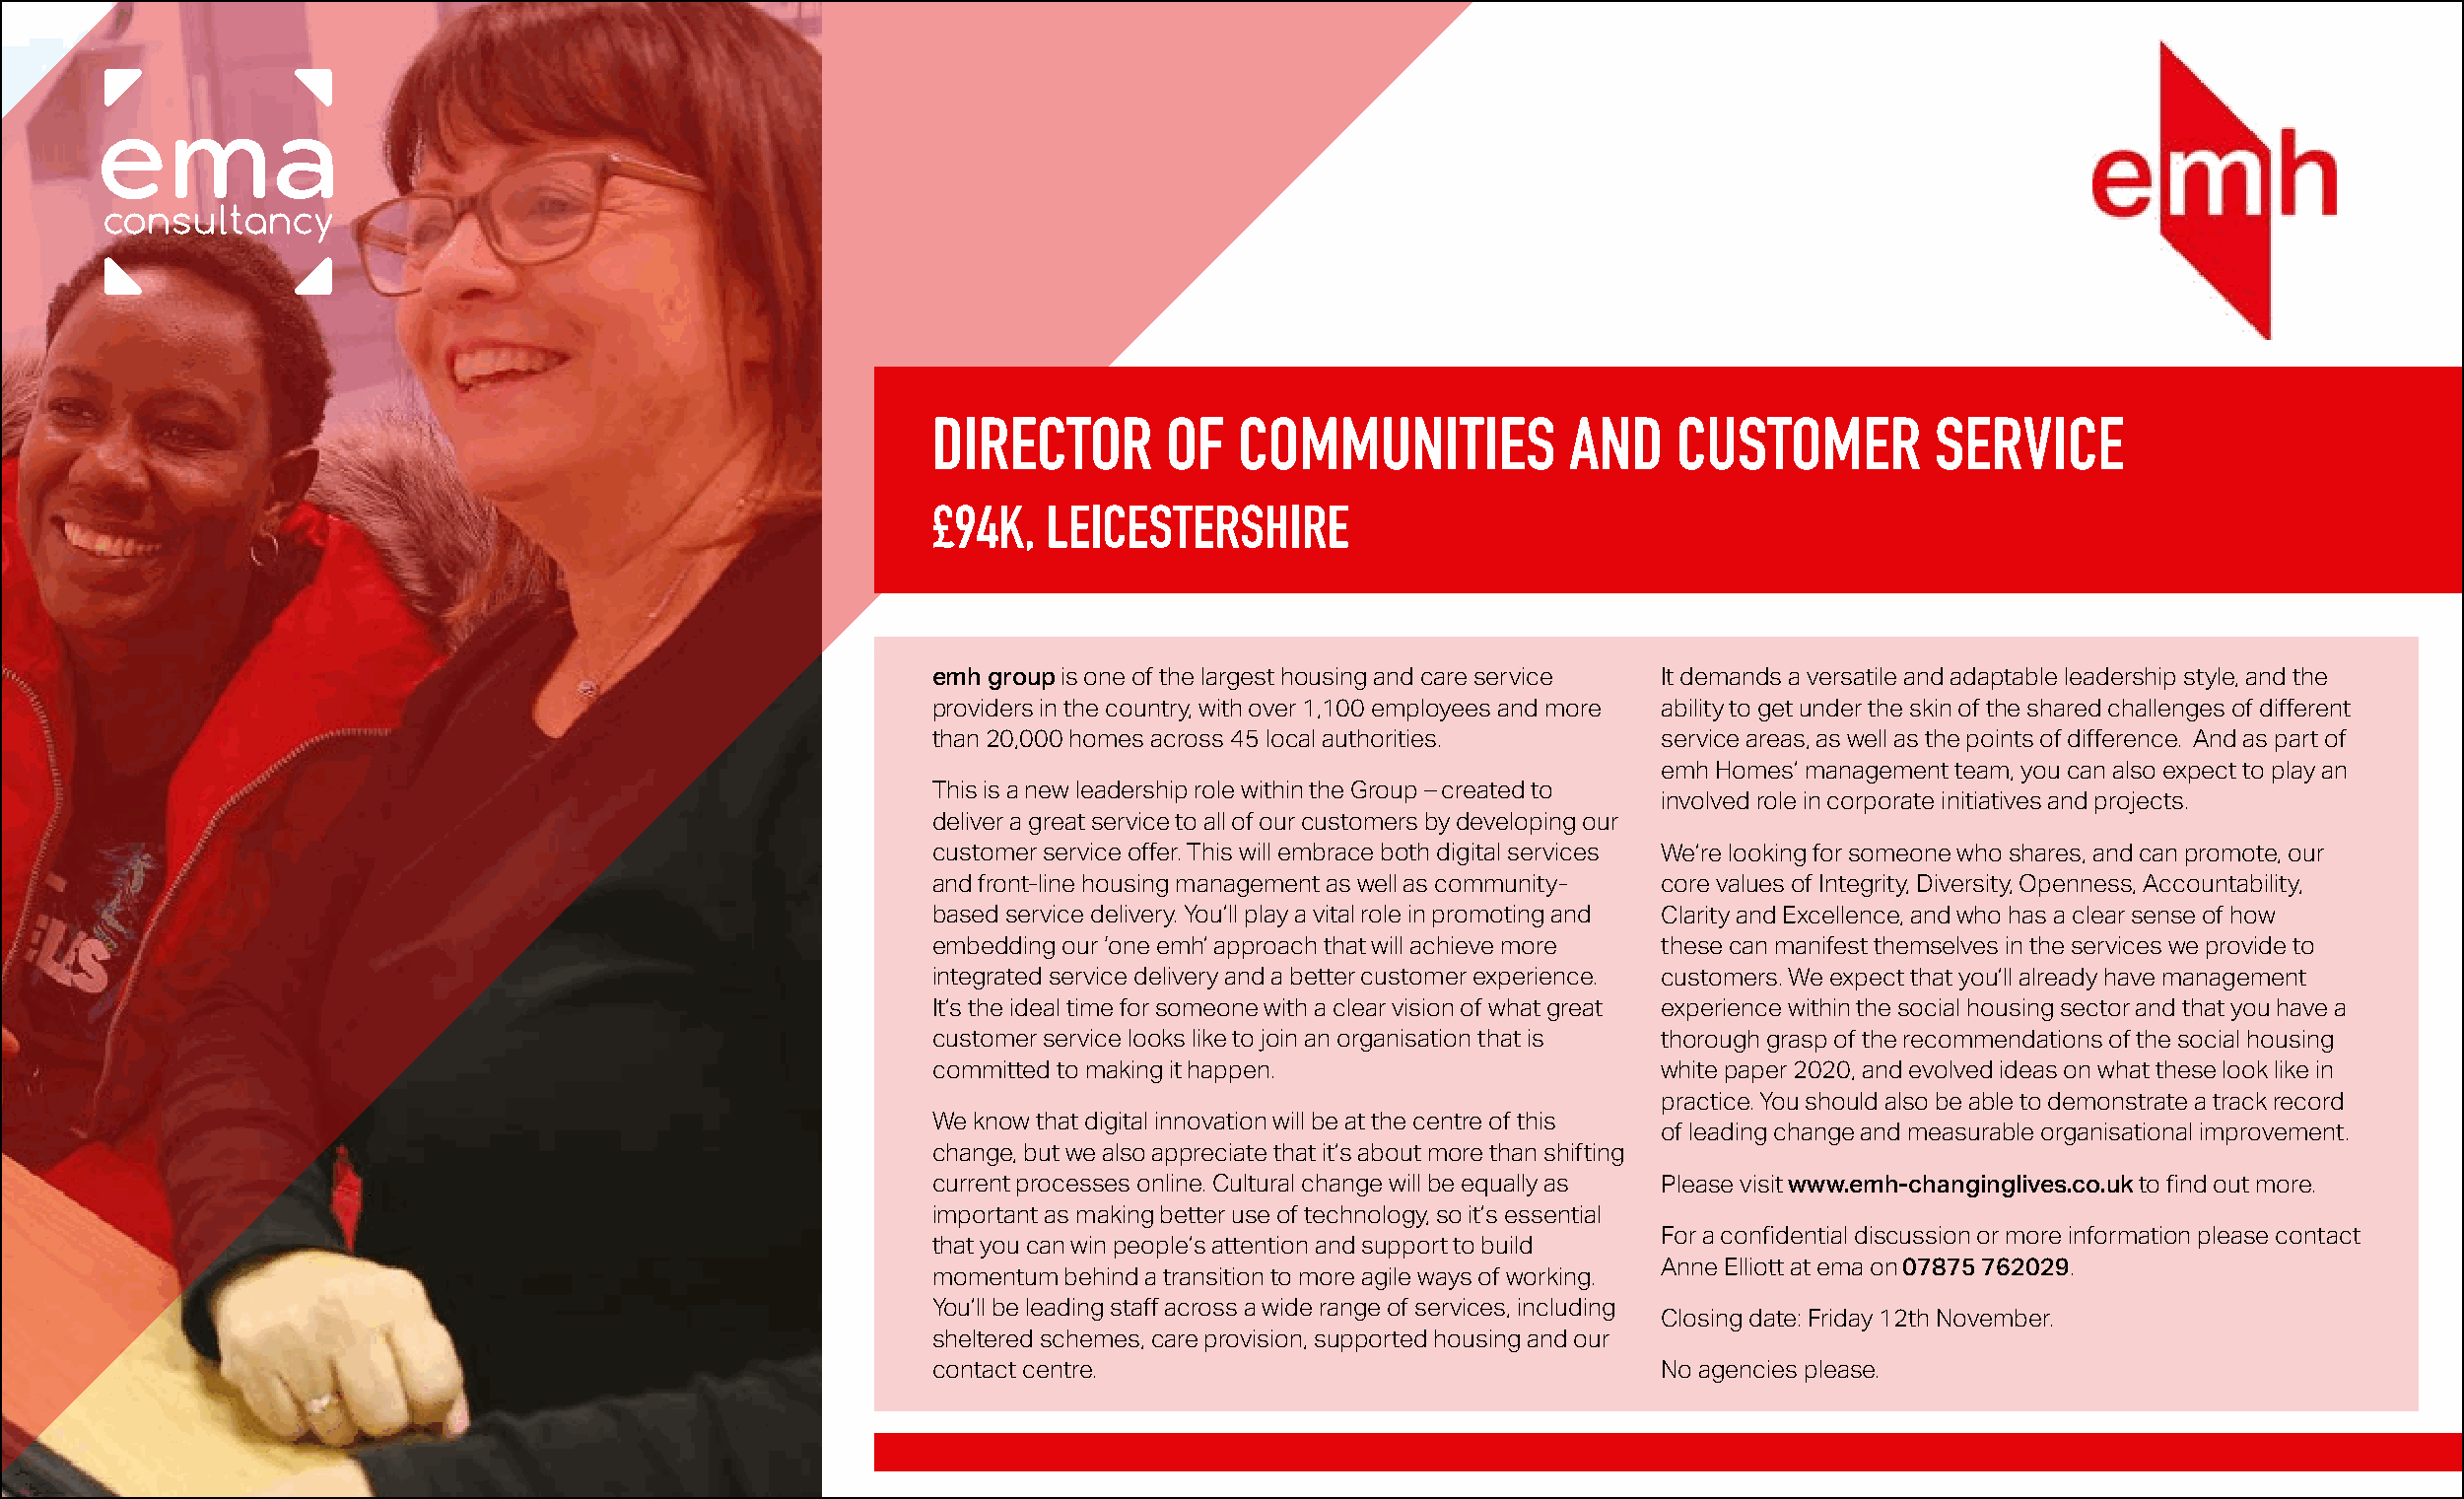
DIRECTOR       OF   COMMUNITIES           AND     CUSTOMER         SERVICE
 £94K,  LEICESTERSHIRE
 i
 emh group is one of the largest housing and care service It demands a versatile and adaptable leadership style, and the
 providers in the country, with over 1,100 employees and more ability to get under the skin of the shared challenges of different
 than 20,000 homes across 45 local authorities.   service areas, as well as the points of difference. And as part of
 emh Homes’ management team, you can also expect to play an
 This is a new leadership role within the Group – created to
 involved role in corporate initiatives and projects.
 deliver a great service to all of our customers by developing our
 customer service offer. This will embrace both digital services We’re looking for someone who shares, and can promote, our
 and front-line housing management as well as community- core values of Integrity, Diversity, Openness, Accountability,
 based service delivery. You’ll play a vital role in promoting and Clarity and Excellence, and who has a clear sense of how
 embedding our ‘one emh’ approach that will achieve more these can manifest themselves in the services we provide to
 integrated service delivery and a better customer experience. customers. We expect that you’ll already have management
 It’s the ideal time for someone with a clear vision of what great experience within the social housing sector and that you have a
 customer service looks like to join an organisation that is thorough grasp of the recommendations of the social housing
 committed to making it happen.                   white paper 2020, and evolved ideas on what these look like in
 practice. You should also be able to demonstrate a track record
 We know that digital innovation will be at the centre of this
 of leading change and measurable organisational improvement.
 change, but we also appreciate that it’s about more than shifting
 current processes online. Cultural change will be equally as Please visit www.emh-changinglives.co.uk to find out more.
 important as making better use of technology, so it’s essential
 For a confidential discussion or more information please contact
 that you can win people’s attention and support to build
 Anne Elliott at ema on 07875 762029.
 momentum behind a transition to more agile ways of working.
 You’ll be leading staff across a wide range of services, including
 Closing date: Friday 12th November.
 sheltered schemes, care provision, supported housing and our
 contact centre.                                  No agencies please.